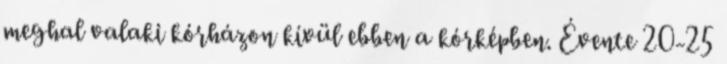
meghal valaki kórházon kívül ebben a kórképben. Évente 20-25